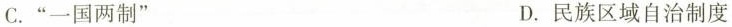
C.”一国两制” D.民族区域自治制度